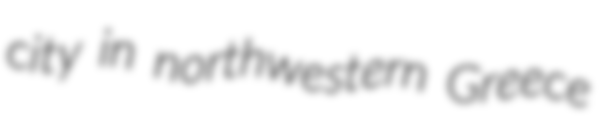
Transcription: city in northwestern Greece